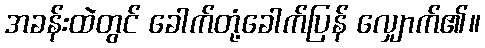
အခန်းထဲတွင် ခေါက်တုံ့ခေါက်ပြန် လျှောက်၏။